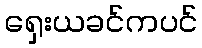
ရှေးယခင်ကပင်